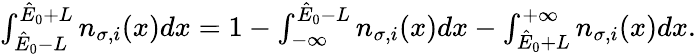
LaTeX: \begin{array}{r}{\int_{\hat{E}_{0}-L}^{\hat{E}_{0}+L}n_{\sigma,i}(x)dx=1-\int_{-\infty}^{\hat{E}_{0}-L}n_{\sigma,i}(x)dx-\int_{\hat{E}_{0}+L}^{+\infty}n_{\sigma,i}(x)dx.}\end{array}